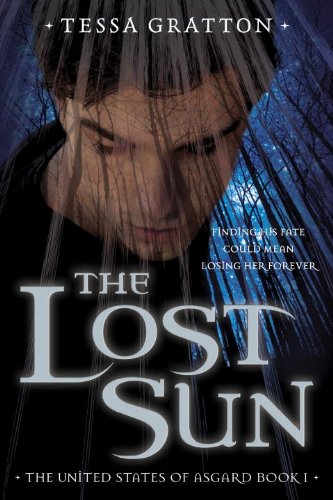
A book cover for The Lost Sun: Book 1 of United States of Asgard; Tessa Gratton; Children's Books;